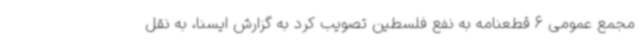
مجمع عمومی 6 قطعنامه به نفع فلسطین تصویب کرد به گزارش ایسنا، به نقل